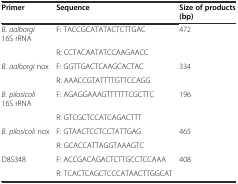
| Primer | Sequence | Size of products (bp) |
 | --- | --- | --- |
 | B. aalborgi 16S rRNA | F: TACCGCATATACTCTTGAC | 472 |
 |  | R: CCTACAATATCCAAGAACC |  |
 | B. aalborgi nox | F: GGTTGACTCAAGCACTAC | 334 |
 |  | R: AAACCGTATTTTGTTCCAGG |  |
 | B. pilosicoli 16S rRNA | F: AGAGGAAAGTTTTTTCGCTTC | 196 |
 |  | R: GTCGCTCCATCAGACTTT |  |
 | B. pilosicoli nox | F: GTAACTCCTCCTATTGAG | 465 |
 |  | R: GCACCATTAGGTAAAGTC |  |
 | D8S348 | F: ACCGACAGACTCTTGCCTCCAAA | 408 |
 |  | R: TCACTCAGCTCCCATAACTTGGCAT |  |